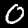
Label: 0